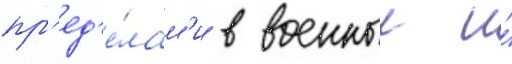
пр'ед'е́лам'и в военныи и́